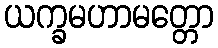
ယက္ခမဟာမတ္တော